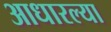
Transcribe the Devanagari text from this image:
आधारल्या